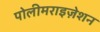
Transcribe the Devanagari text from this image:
पोलीमराइज़ेशन